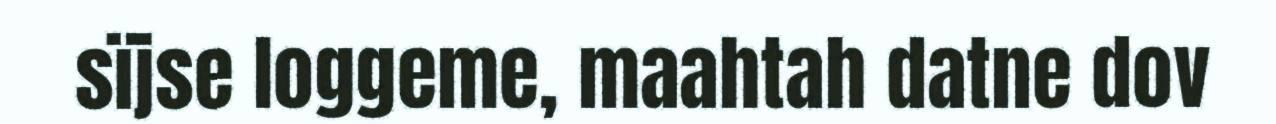
sïjse loggeme, maahtah datne dov